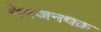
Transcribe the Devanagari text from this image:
नेत्रजनचक्र